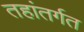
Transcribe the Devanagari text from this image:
तहांतर्गत